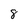
Character: 8